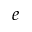
_ e